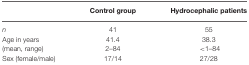
<table><thead><tr><td></td><td><b>Control group</b></td><td><b>Hydrocephalic patients</b></td></tr></thead><tbody><tr><td><i>n</i></td><td>41</td><td>55</td></tr><tr><td>Age in years</td><td>41.4</td><td>38.3</td></tr><tr><td>(mean, range)</td><td>2–84</td><td>&lt;1–84</td></tr><tr><td>Sex (female/male)</td><td>17/14</td><td>27/28</td></tr></tbody></table>